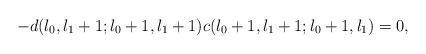
LaTeX: \begin{align*}-d(l_{0},l_{1}+1;l_{0}+1,l_{1}+1)c(l_{0}+1,l_{1}+1;l_{0}+1,l_{1})=0,\end{align*}